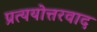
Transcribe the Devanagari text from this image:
प्रत्ययोत्तरवाद